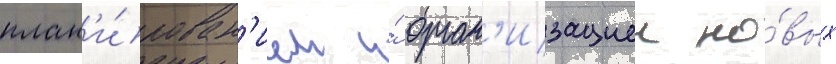
план'и́рован'ием и́ орган'изациеи но́вых